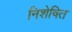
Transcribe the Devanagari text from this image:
निशेषित